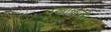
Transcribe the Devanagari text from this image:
पखालजी